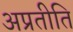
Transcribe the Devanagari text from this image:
अप्रतीति